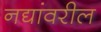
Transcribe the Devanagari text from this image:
नद्यांवरील